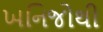
ખનિજોથી